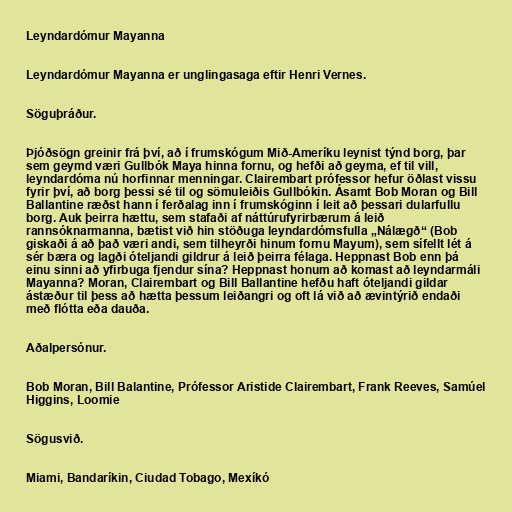
Leyndardómur Mayanna

Leyndardómur Mayanna er unglingasaga eftir Henri Vernes.

Söguþráður.

Þjóðsögn greinir frá því, að í frumskógum Mið-Ameríku leynist týnd borg, þar
sem geymd væri Gullbók Maya hinna fornu, og hefði að geyma, ef til vill,
leyndardóma nú horfinnar menningar. Clairembart prófessor hefur öðlast vissu
fyrir því, að borg þessi sé til og sömuleiðis Gullbókin. Ásamt Bob Moran og Bill
Ballantine ræðst hann í ferðalag inn í frumskóginn í leit að þessari dularfullu
borg. Auk þeirra hættu, sem stafaði af náttúrufyrirbærum á leið
rannsóknarmanna, bætist við hin stöðuga leyndardómsfulla „Nálægð“ (Bob
giskaði á að það væri andi, sem tilheyrði hinum fornu Mayum), sem sífellt lét á
sér bæra og lagði óteljandi gildrur á leið þeirra félaga. Heppnast Bob enn þá
einu sinni að yfirbuga fjendur sína? Heppnast honum að komast að leyndarmáli
Mayanna? Moran, Clairembart og Bill Ballantine hefðu haft óteljandi gildar
ástæður til þess að hætta þessum leiðangri og oft lá við að ævintýrið endaði
með flótta eða dauða.

Aðalpersónur.

Bob Moran, Bill Balantine, Prófessor Aristide Clairembart, Frank Reeves, Samúel
Higgins, Loomie

Sögusvið.

Miami, Bandaríkin, Ciudad Tobago, Mexíkó